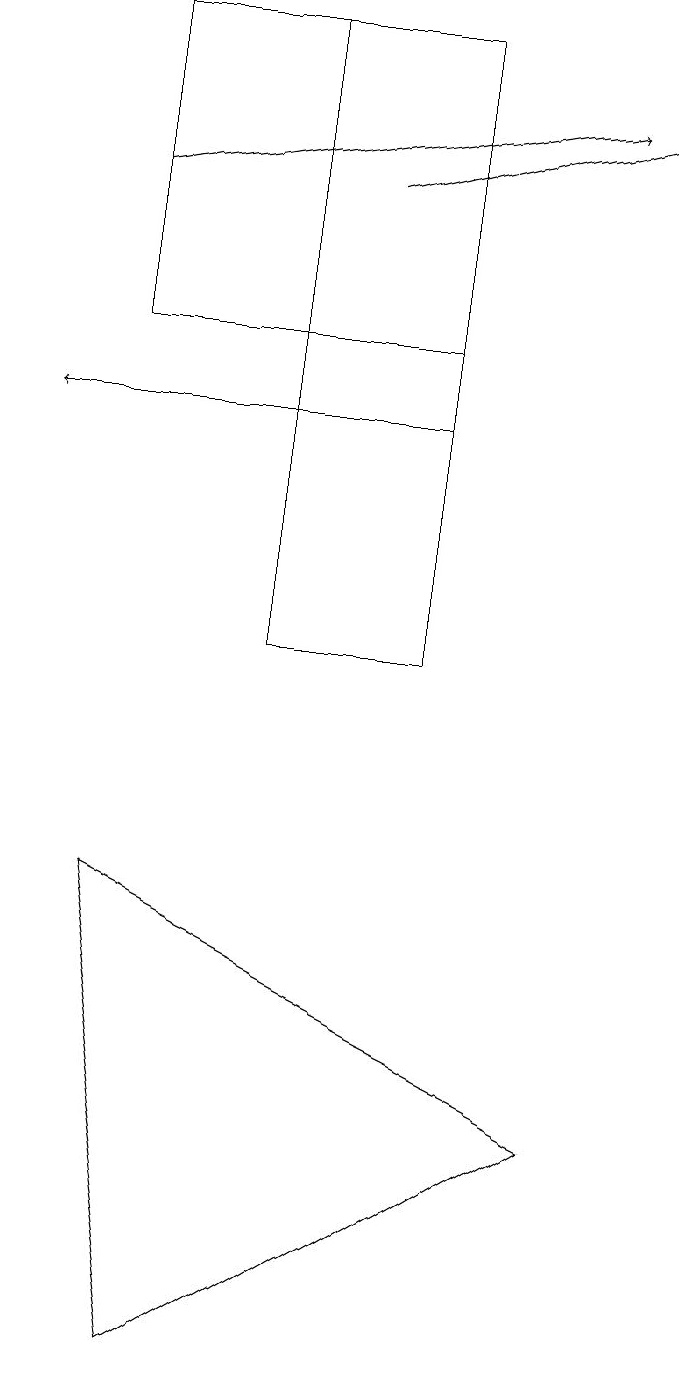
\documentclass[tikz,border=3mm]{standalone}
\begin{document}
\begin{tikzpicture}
\draw (2,1) -- (7,4) -- (1,7) -- cycle;
\draw[->] (1,16) -- (7,17);
\draw[->] (5,13) -- (0,13);
\draw (1,14) rectangle (5,18);
\draw (3,10) rectangle (5,18);
\draw[->] (4,16) -- (8,17);
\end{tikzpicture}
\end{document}